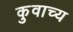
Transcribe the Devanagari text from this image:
कुवाच्य